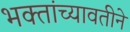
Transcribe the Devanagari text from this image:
भक्तांच्यावतीने